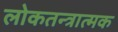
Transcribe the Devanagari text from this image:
लोकतन्त्रात्मक